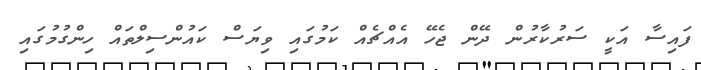
ފައިސާ އަކީ ސަރުކާރުން ދޭން ޖެހޭ އެއްޗެއް ކަމުގައި ވިޔަސް ކައުންސިލްތައް ހިންގުމުގައި